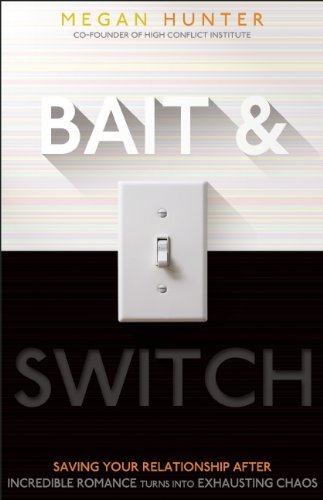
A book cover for Bait & Switch: Saving Your Relationship After Incredible Romance Turns Into Exhausting Chaos; Megan Hunter; Self-Help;